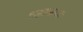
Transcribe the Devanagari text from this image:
शहाबाजः